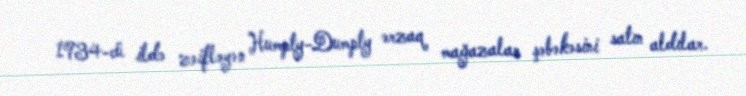
1934-cü ildə zəifləyən Humpty-Dumpty ərzaq mağazalar şəbəkəsini satın aldılar.